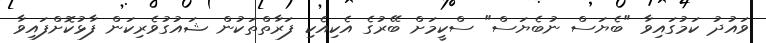
ވައުދު ކަމުގައިވާ "ބެޔަސް ނުބެޔަސް" ސްކީމަށް ބޭރުގެ އެކިއެކި ފަރާތްތަކުން ޝައުގުވެރިކަން ފާޅުކޮށްފައިވާ